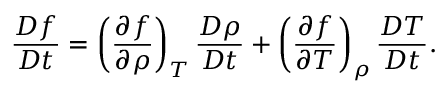
\frac { D f } { D t } = \left( \frac { \partial f } { \partial \rho } \right) _ { T } \frac { D \rho } { D t } + \left( \frac { \partial f } { \partial T } \right) _ { \rho } \frac { D T } { D t } .